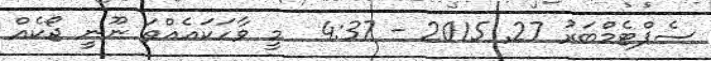
ސެޕްޓެމްބަރު 27